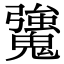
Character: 𩴒